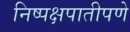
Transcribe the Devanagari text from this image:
निष्पक्षपातीपणे